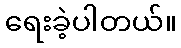
ရေးခဲ့ပါတယ်။